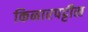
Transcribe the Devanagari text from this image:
किनारपट्टीस